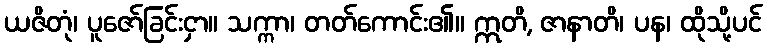
ယဇိတုံ၊ ပူဇော်ခြင်းငှာ။ သက္ကာ၊ တတ်ကောင်း၏။ ဣတိ, ဇာနာတိ၊ ပန၊ ထိုသို့ပင်